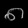
Digit: ၈